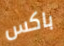
باكس